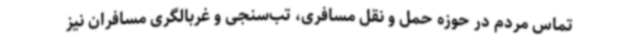
تماس مردم در حوزه حمل و نقل مسافری، تب‌سنجی و غربالگری مسافران نیز